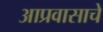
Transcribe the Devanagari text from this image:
आप्रवासाचे